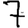
Digit: 7